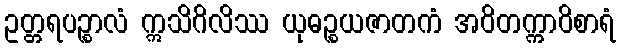
ဥတ္တရပဉ္စာလံ ဣသိဂိလိဿ ယုဓဉ္စယဇာတကံ အဝိတက္ကာဝိစာရံ